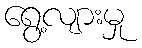
ရွေ့လျားမှု